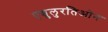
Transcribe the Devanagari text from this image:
एन्चुलुरतिओन